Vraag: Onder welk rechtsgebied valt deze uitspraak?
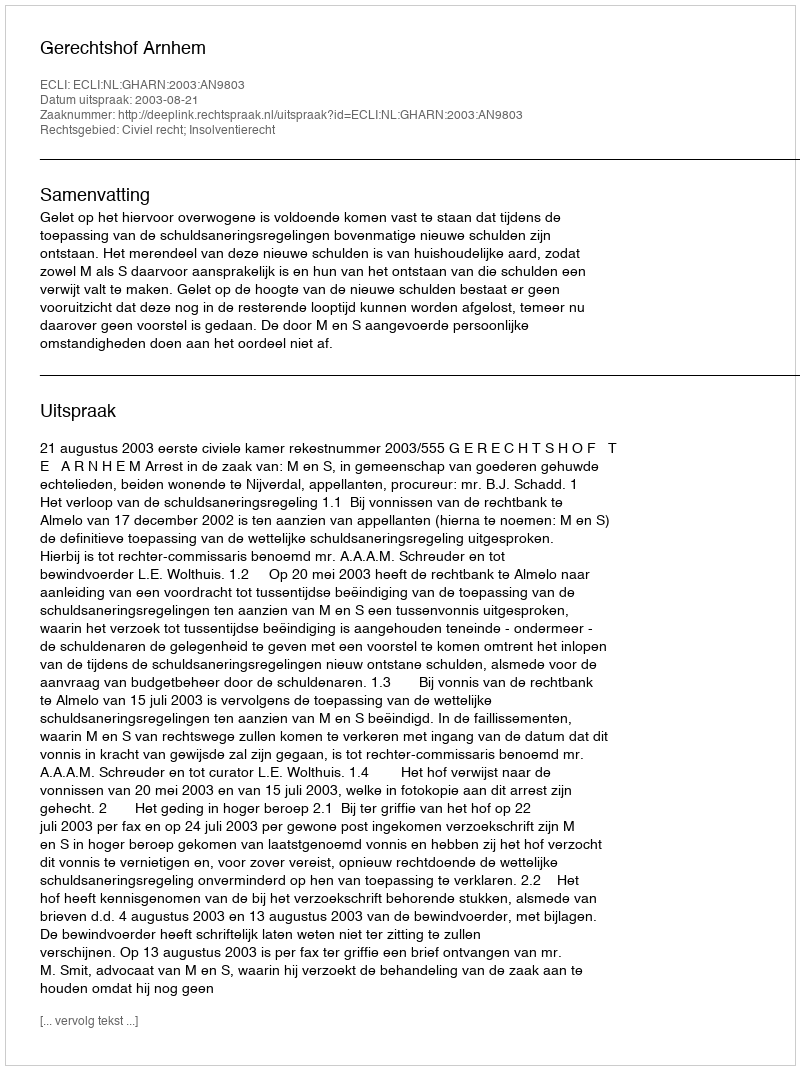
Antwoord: Civiel recht; Insolventierecht